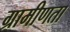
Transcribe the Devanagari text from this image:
ग्रामीणता